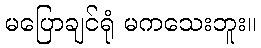
မပြောချင်ရုံ မကသေးဘူး။